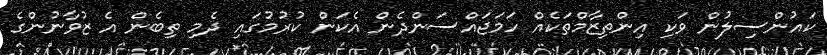
ކައުންސިލުން ވަކި އިންތިޒާމްތަކެއް ހަމަޖައްސަންދެން އެކަން ކުރުމުގައި ދެމި ތިބެން އެ ޒުވާނުންގެ